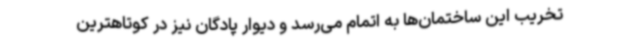
تخریب این ساختمان‌ها به اتمام می‌رسد و دیوار پادگان نیز در کوتاهترین